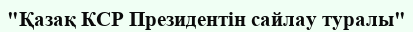
"Қазақ КСР Президентін сайлау туралы"